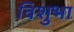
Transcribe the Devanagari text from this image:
विशुभा